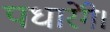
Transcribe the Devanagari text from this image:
पधारेंगे।